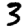
Digit: 3